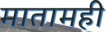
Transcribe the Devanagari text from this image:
मातामही